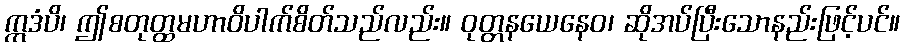
ဣဒံပိ၊ ဤစတုတ္ထမဟာဝိပါက်စိတ်သည်လည်း။ ဝုတ္တနယေနေဝ၊ ဆိုအပ်ပြီးသောနည်းဖြင့်ပင်။